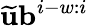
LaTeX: \widetilde{\mathbf{u}}\mathbf{b}^{i-w:i}